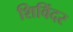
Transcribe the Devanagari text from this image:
शिविंदर